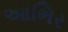
આભિર